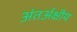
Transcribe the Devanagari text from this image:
अंतर्अक्षीय